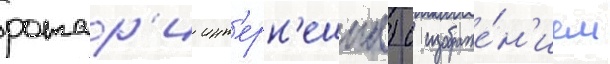
ротар'и инт'ерн'ешнл) с изображе́н'ием